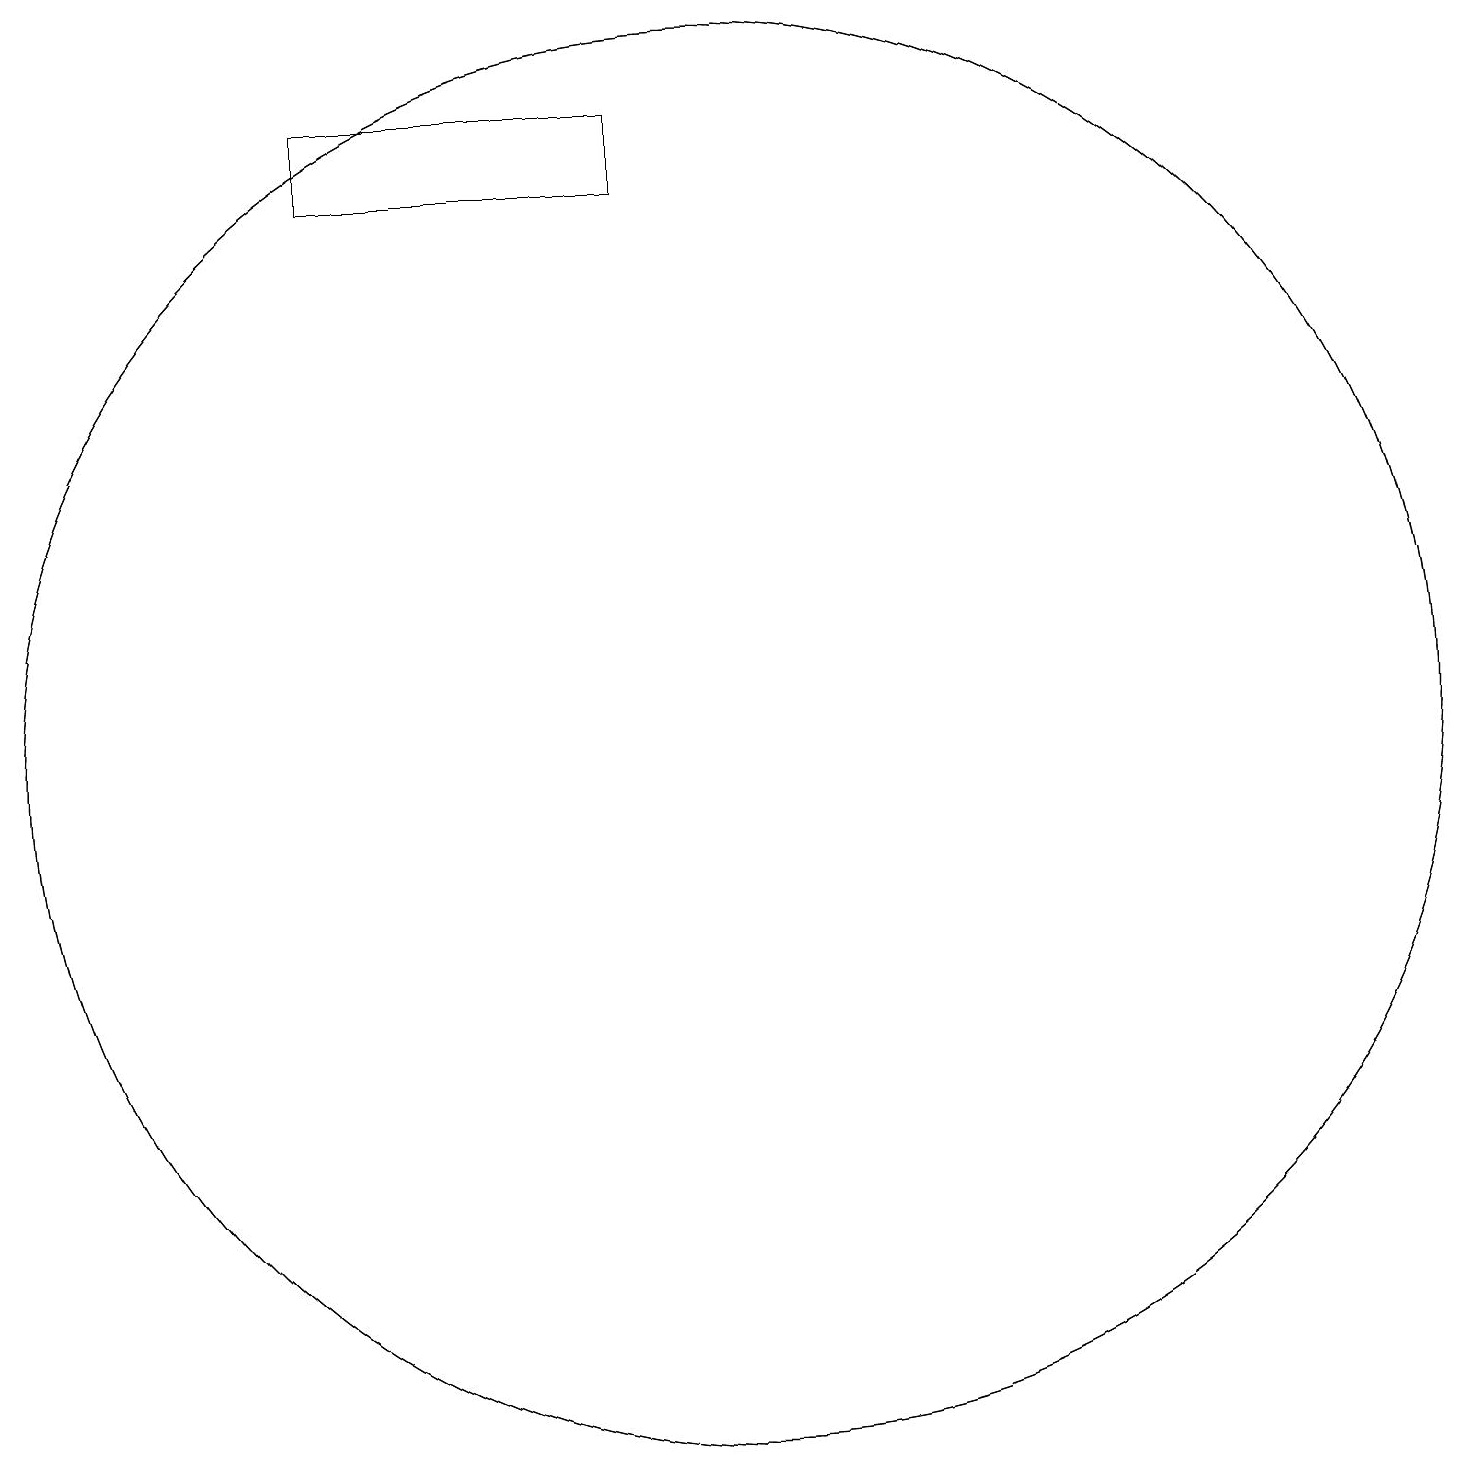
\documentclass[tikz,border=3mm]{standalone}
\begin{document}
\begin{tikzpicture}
\draw (10,10) circle (9);
\draw (5,18) rectangle (9,17);
\draw (10,10) circle (9);
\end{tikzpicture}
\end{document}